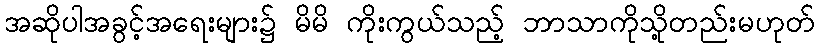
အဆိုပါအခွင့်အရေးများ၌ မိမိ ကိုးကွယ်သည့် ဘာသာကိုသို့တည်းမဟုတ်